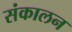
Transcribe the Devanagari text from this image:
संकालन